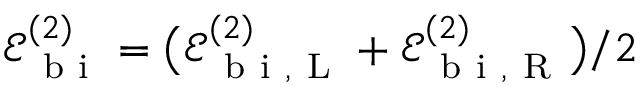
\mathcal { E } _ { \mathrm { ~ b ~ i ~ } } ^ { ( 2 ) } = \big ( \mathcal { E } _ { \mathrm { ~ b ~ i ~ } , \mathrm { ~ L ~ } } ^ { ( 2 ) } + \mathcal { E } _ { \mathrm { ~ b ~ i ~ } , \mathrm { ~ R ~ } } ^ { ( 2 ) } \big ) / 2